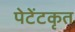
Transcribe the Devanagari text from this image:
पेटेंटकृत